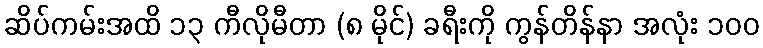
ဆိပ်ကမ်းအထိ ၁၃ ကီလိုမီတာ (၈ မိုင်) ခရီးကို ကွန်တိန်နာ အလုံး ၁၀၀